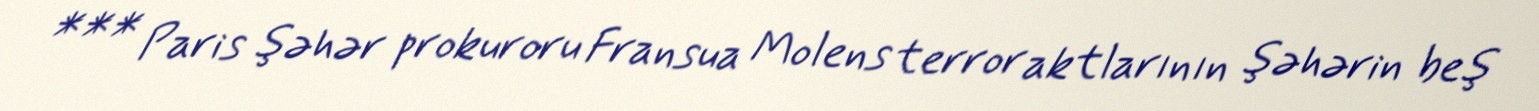
*** Paris şəhər prokuroru Fransua Molens terror aktlarının şəhərin beş